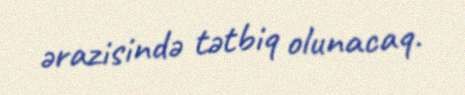
ərazisində tətbiq olunacaq.